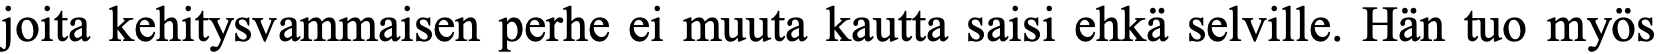
joita kehitysvammaisen perhe ei muuta kautta saisi ehkä selville. Hän tuo myös